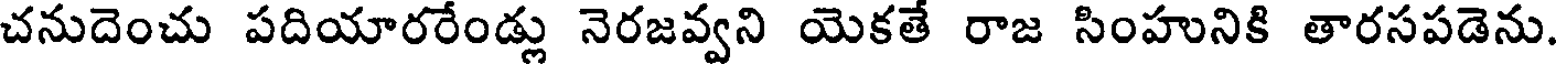
చనుదెంచు పదియారరేండ్లు నెరజవ్వని యెకతే రాజ సింహునికి తారసపడెను.